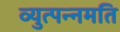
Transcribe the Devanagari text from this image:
व्युत्पन्नमति